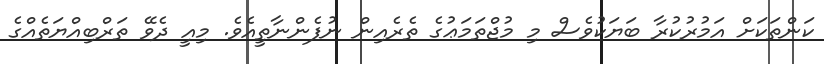
ކަންތަކަށް އަމުރުކުރާ ބަޔަކުވެސް މި މުޖްތަމަޢުގެ ތެރެއިން ނުފެންނާތީއެވެ. މިއީ ދެވޭ ތަރްބިއްޔަތެއްގެ